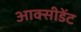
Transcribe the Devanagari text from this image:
आक्सीडेंट